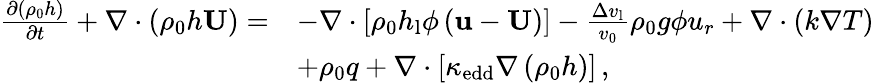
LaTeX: \begin{array}{rl}{\frac{\partial\left(\rho_{\mathrm{0}}h\right)}{\partial t}+\nabla\cdot\left(\rho_{\mathrm{0}}h\mathbf{U}\right)=}&{-\nabla\cdot\left[\rho_{\mathrm{0}}h_{\mathrm{l}}\phi\left(\mathbf{u}-\mathbf{U}\right)\right]-\frac{\Delta v_{\mathrm{l}}}{v_{\mathrm{0}}}\rho_{\mathrm{0}}{g}\phi{u_{r}}+\nabla\cdot\left(k\nabla T\right)}\\ &{+\rho_{\mathrm{0}}q+\nabla\cdot\left[\kappa_{\mathrm{edd}}\nabla\left(\rho_{\mathrm{0}}h\right)\right]\, ,}\end{array}